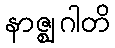
နာဇ္ဈဂါတိ